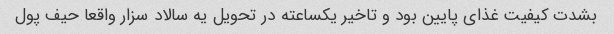
بشدت کیفیت غذای پایین بود و تاخیر یکساعته در تحویل یه سالاد سزار واقعا حیف پول